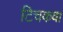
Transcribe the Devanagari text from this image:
टिचकवा